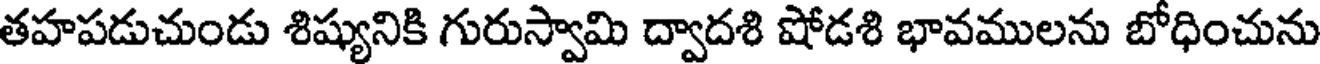
తహపడుచుండు శిష్యునికి గురుస్వామి ద్వాదశి షోడశి భావములను బోధించును